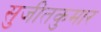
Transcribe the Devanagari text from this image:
सुजीतकुमार